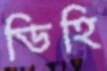
ডিহি